Indian journal of veterinary science and animal husbandry - Volume 8,
Year: 1938
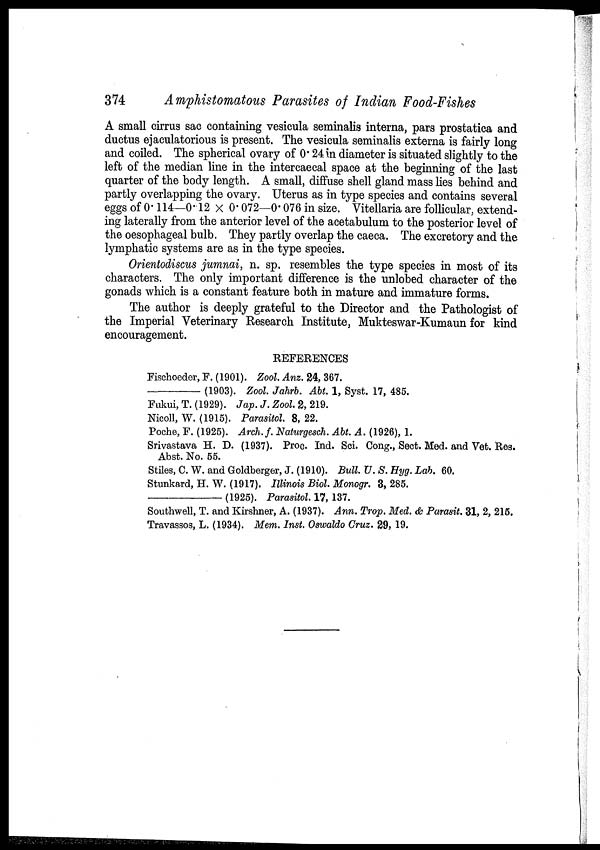
374
Amphistomatous Parasites of Indian Food-Fishes
A small cirrus sac containing vesicula seminalis interna, pars prostatica and
ductus ejaculatorious is present. The vesicula seminalis externa is fairly long
and coiled. The spherical ovary of 0.24 in diameter is situated slightly to the
left of the median line in the intercaecal space at the beginning of the last
quarter of the body length. A small, diffuse shell gland mass lies behind and
partly overlapping the ovary. Uterus as in type species and contains several
eggs of 0.114—0.12 × 0.072—0.076 in size. Vitellaria are follicular, extend-
ing laterally from the anterior level of the acetabulum to the posterior level of
the oesophageal bulb. They partly overlap the caeca. The excretory and the
lymphatic systems are as in the type species.
Orientodiscus jumnai, n. sp. resembles the type species in most of its
characters. The only important difference is the unlobed character of the
gonads which is a constant feature both in mature and immature forms.
The author is deeply grateful to the Director and the Pathologist of
the Imperial Veterinary Research Institute, Mukteswar-Kumaun for kind
encouragement.
REFERENCES
Fischoeder, F. (1901). Zool. Anz. 24, 367.
—(1903).
Zool. Jahrb. Abt. 1, Syst. 17, 485.
Fukui, T. (1929). Jap. J. Zool. 2, 219.
Nicoll, W. (1915). Parasitol. 8, 22.
Poche, F. (1925). Arch. f. Naturgesch. Abt. A. (1926), 1.
Srivastava H. D. (1937). Proc. Ind. Sci. Cong., Sect. Med. and Vet. Res.
Abst. No. 55.
Stiles, C. W. and Goldberger, J. (1910). Bull. U. S. Hyg. Lab. 60.
Stunkard, H. W. (1917). Illinois Biol. Monogr. 3, 285.
—(1925).
Parasitol. 17, 137.
Southwell, T. and Kirshner, A. (1937). Ann. Trop. Med. & Parasit. 31, 2, 215.
Travassos, L. (1934). Mem. Inst. Oswaldo Cruz. 29, 19.